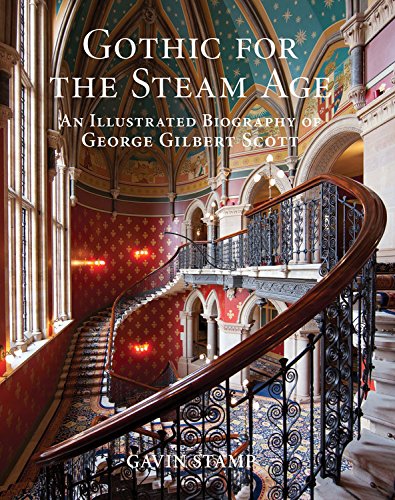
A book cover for Gothic for the Steam Age: An Illustrated Biography of George Gilbert Scott; Gavin Stamp; Arts & Photography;